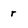
Character: r